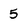
Character: 5